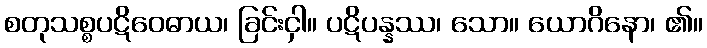
စတုသစ္စပဋိဝေဓာယ၊ ခြင်းငှါ။ ပဋိပန္နဿ၊ သော။ ယောဂိနော၊ ၏။